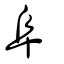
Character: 阜